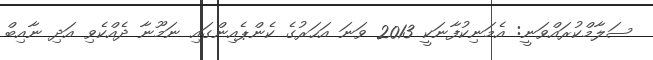
ސަލާމްކުރައްވަނީ: އެމަނިކުފާނަކީ 2013 ވަނަ އަހަރުގެ ކެންޕެއިންގައި ނަމޫނާ ދެއްކެވި އަދި ނާއިބް